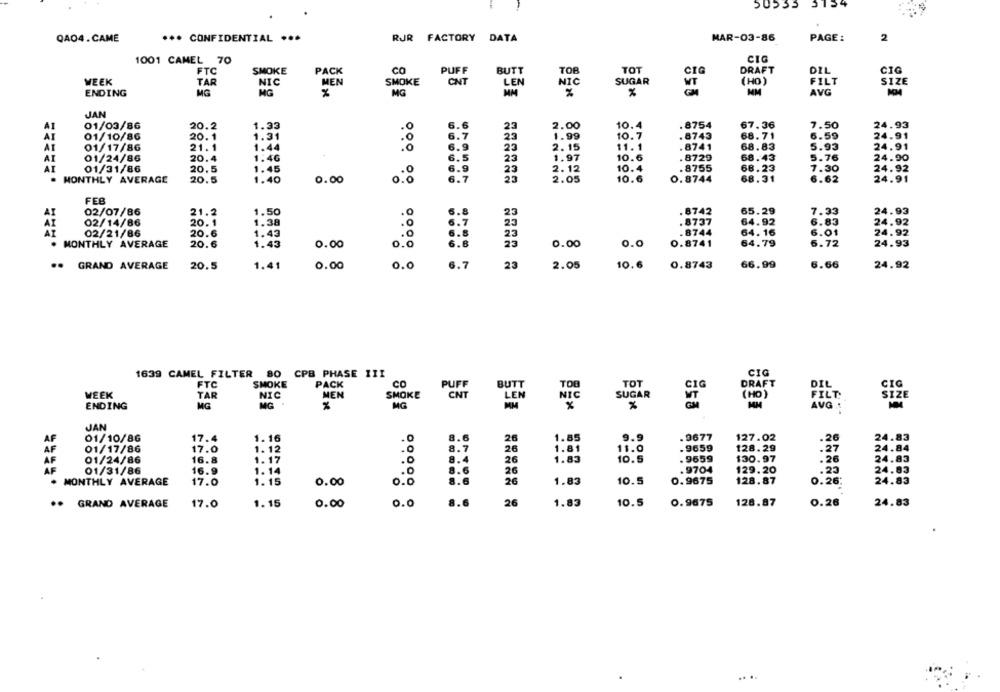
50533
QA04.CAME
*** CONFIDENTIAL .**
RUR FACTORY DATA
MAR-03-86
PAGE :
2
1001 CAMEL 70
CIG
CO
PUFF
TOT
CIG
DRAFT
DIL
CIG
FTC
SMOKE
PACK
BUTT
TOR
WEEK
TAR
NIC
MEN
SMOKE
CNT
LEN
SUGAR
(HO )
FILT
SIZE
VT
ENDING
MG
MG
MG
MM
MM
AVG
JAN
01/03/86
20.2
32
10.
.8754
67.36
7.50
24.93
AT
23
AT
01/10/86
20.1
31
.O
88
.8743
68.71
6.59
24.91
21.1
24.91
AT
01/17/86
1.44
.0
23
2.15
11.1
.8741
68.83
5.93
AI
01/24/86
20.4
.4G
23
1.97
10.6
. 8729
68.43
5.76
24.90
AI
01/31/86
20.5
45
6.9
2.12
10.4
. 8755
68.23
7.30
24.92
MONTHLY AVERAGE
20.5
0.00
6.7
23
2.05
10.6
0.8744
68.31
6.62
24.91
FEB
02/07/86
21.2
1.50
23
.8742
65.29
7.33
24.93
20.1
1.38
.8737
64.92
6.83
24.92
02/14/86
.0
23
AI
02/21/86
20.6
1.43
.8744
64.16
6.01
24.92
.0
0.0
64.79
24.93
. MONTHLY AVERAGE
20.6
1.43
0.00
0.0
23
0.00
0.8741
6.72
.. GRAND AVERAGE
20.5
1.41
0.00
0.0
6.7
23
2.05
10.6
0.8743
66.99
6.66
24.92
1639 CAMEL FILTER 80 CPB PHASE III
CIG
FTC
SMOKE
PACK
CO
PUFF
BUTT
TOB
TOT
CIG
DRAFT
DIL
CIG
WEEK
TAR
NIC
MEN
SMOKE
CNT
LEN
NIC
SUGAR
FILT.
SIZE
( HO)
ENDING
MG
MG
MG
MM
AVG
JAN
127.02
24.83
AF
01/10/86
17.4
1.16
8.6
26
1.85
9.9
.9677
.26
AF
01/17/86
17.0
1.12
.O
8.7
26
11.0
.9659
128.29
.27
24.84
1.81
AF
01/24/86
16.8
1.17
.O
8.4
26
1.83
10.5
.9659
130.97
.26
24.83
AF
01/31/86
16.9
1. 14
.0
8.6
.9704
129.20
.23
24.83
26
MONTHLY AVERAGE
17.0
1. 15
0.00
0.0
8.6
26
1.83
10.5
0.9675
128.87
0.26
24.83
.. GRAND AVERAGE
17.0
1.15
0.00
0.0
8.6
26
1.83
10.5
0.9675
128.87
0.26
24.83